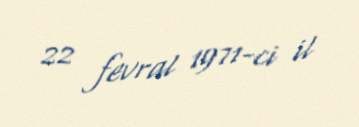
22 fevral 1971-ci il